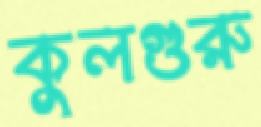
কুলগুরু